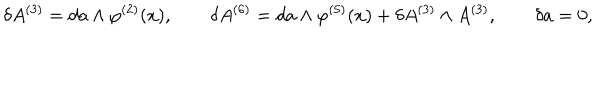
LaTeX: \delta A ^ { ( 3 ) } = d a \wedge \varphi ^ { ( 2 ) } ( x ) , \qquad \delta A ^ { ( 6 ) } = d a \wedge \varphi ^ { ( 5 ) } ( x ) + \delta A ^ { ( 3 ) } \wedge A ^ { ( 3 ) } , \qquad \delta a = 0 ,